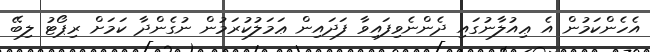
އެހެންކަމުން އެ ޢިއުލާނުގައި ދެންނެވިފައިވާ ފަދައިން ޢަމަލުކުރަމުން ނުގެންދާ ކަމަށް ރިޕޯޓު ލިބޭ